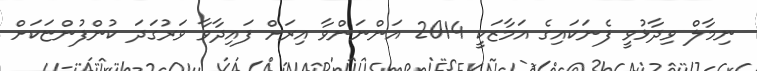
ނިމާލް ވިދާޅުވީ ފެނަކައިގެ އަމާޒަކީ 2014 އަންނަންވާ އިރަށް ފައިދާވާ ވަރުގަދަ ކުންފުންޏަކަށް